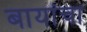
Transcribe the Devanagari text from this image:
बायांचा